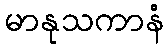
မာနုသကာနံ